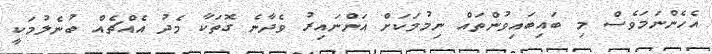
އެހެންނަމަވެސް މި ބައިބައިވުންތައް ނިމުމަކަށް އަންނައިރު ވެދާނެ ގޮތަކާ މެދު އެއްޗެއް ބުނެލުމަކީ